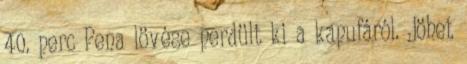
40. perc Pena lövése perdült ki a kapufáról. Jöhet